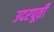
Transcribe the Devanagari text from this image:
उदरपूर्ती